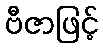
ဗီဇာဖြင့်